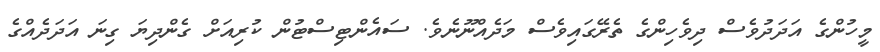
މީހުންގެ އަދަދުވެސް ދިވެހިންގެ ތެރޭގައިވެސްް މަދެއްނޫނެވެ. ސައެންޓިސްޓުން ކުރިއަށް ގެންދިޔަ ގިނަ އަދަދެއްގެ